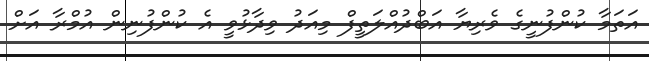
އަތަމާ ކުންފުނީގެ ވެރިޔާ އަބްދުއްލަތީފް މިއަދު ވިދާޅުވީ އެ ކުންފުނިން އުމްރާ އަށް